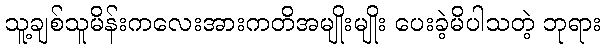
သူ့ချစ်သူမိန်းကလေးအားကတိအမျိုးမျိုး ပေးခဲ့မိပါသတဲ့ ဘုရား